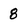
Character: 8